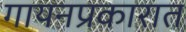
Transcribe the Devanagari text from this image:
गायनप्रकारात